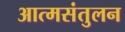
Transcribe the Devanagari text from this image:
आत्मसंतुलन